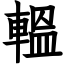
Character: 轀